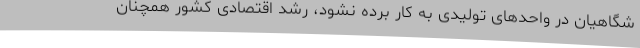
شگاهیان در واحدهای تولیدی به کار برده نشود، رشد اقتصادی کشور همچنان